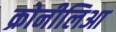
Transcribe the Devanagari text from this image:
क्रोनीलिआ